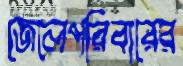
জেলেপরিবারের